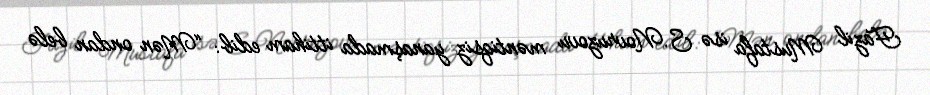
Fazil Mustafa isə S.Novruzovu məntiqsiz yanaşmada ittiham edib: “Mən ondan belə